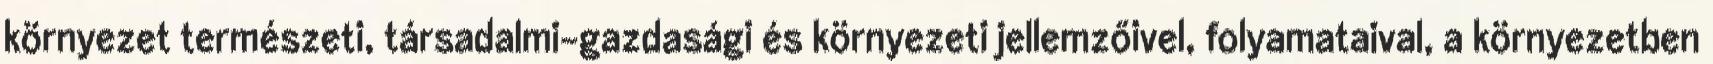
környezet természeti, társadalmi-gazdasági és környezeti jellemzőivel, folyamataival, a környezetben